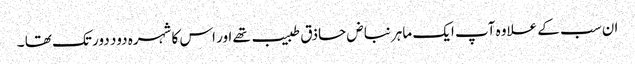
ان سب کے علاوہ آپ ایک ماہر نباض حاذق طبیب تھے اور اس کا شہرہ دود دور تک تھا ۔